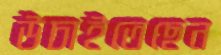
উচাইতেছেন